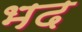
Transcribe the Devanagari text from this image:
भद